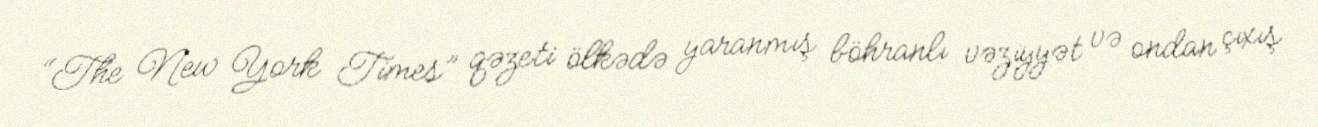
“The New York Times” qəzeti ölkədə yaranmış böhranlı vəziyyət və ondan çıxış